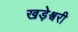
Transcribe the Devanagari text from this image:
खड़ेश्वरी